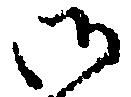
御